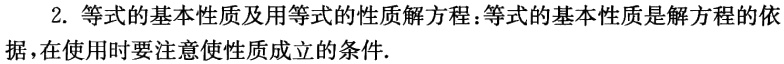
2. 等式的基本性质及用等式的性质解方程：等式的基本性质是解方程的依据，在使用时要注意使性质成立的条件.